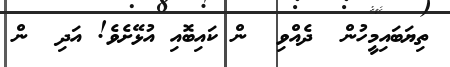
ތިޔަބައިމީހުން  ދެއްވި  ން ކައިބޮއި އުޅޭށެވެ! އަދި  ން